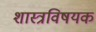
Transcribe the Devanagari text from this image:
शास्त्रविषयक